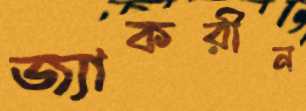
জ্যাকরীন